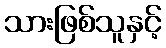
သားဖြစ်သူနှင့်